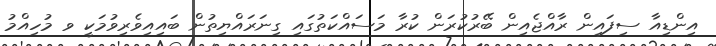
އިންޑިއާ ސިފައިން ރާއްޖެއިން ބޭރުކުރަން ކުރާ މަސައްކަތުގައި ގިނަރައްޔިތުން ބައިއިވެރިވުމަކީ ވ މުހިއްމު